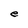
Character: e